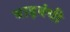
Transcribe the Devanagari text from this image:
बाड़बंधी